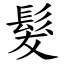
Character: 髮